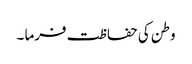
وطن کی حفاظت فرما ۔